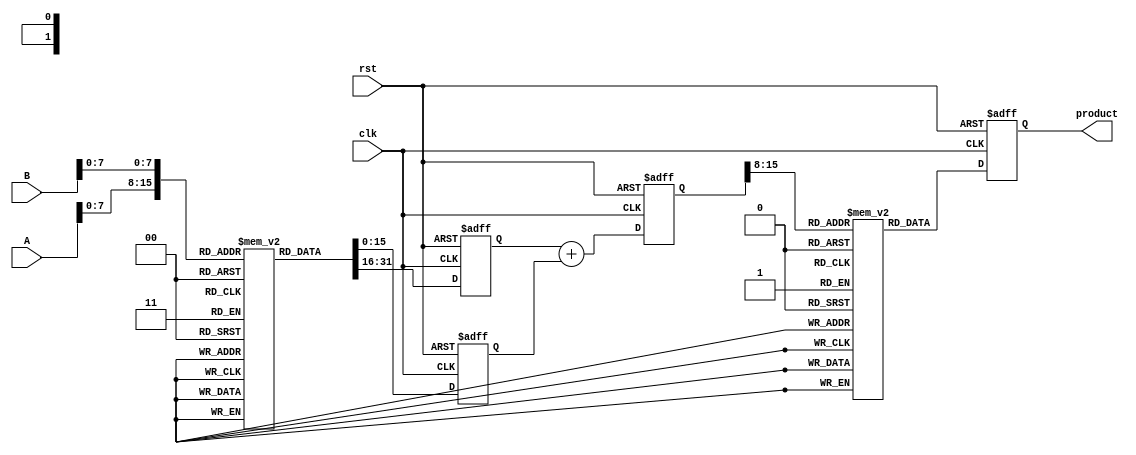
module LogarithmicMultiplier (
    input wire [15:0] A, // Input operand A
    input wire [15:0] B, // Input operand B
    input wire clk,      // Clock signal
    input wire rst,      // Reset signal
    output reg [31:0] product // Output product
);

    // Logarithm LUT (for demonstration purposes, values should be precomputed)
    reg [15:0] log_lut [0:255]; // 256-entry LUT for logarithm
    initial begin
        // Initialize LUT with logarithm values (example values)
        // log_lut[i] = ln(i) * scaling_factor (for fixed-point representation)
        // Populate this LUT with actual logarithm values
    end

    // Exponential LUT (for demonstration purposes, values should be precomputed)
    reg [31:0] exp_lut [0:255]; // 256-entry LUT for exponential
    initial begin
        // Initialize LUT with exponential values (example values)
        // exp_lut[i] = e^(i * scaling_factor) (for fixed-point representation)
        // Populate this LUT with actual exponential values
    end

    reg [15:0] logA, logB; // Logarithmic values
    reg [31:0] sum;        // Sum of logarithmic values

    // Logarithm calculation
    always @(posedge clk or posedge rst) begin
        if (rst) begin
            logA <= 16'b0;
            logB <= 16'b0;
            sum <= 32'b0;
            product <= 32'b0;
        end else begin
            // Assuming A and B are in the range [1, 256]
            logA <= log_lut[A[7:0]]; // Get log(A) from LUT
            logB <= log_lut[B[7:0]]; // Get log(B) from LUT
            sum <= logA + logB;      // Sum of logarithmic values
            product <= exp_lut[sum[15:8]]; // Get exp(Sum) from LUT
        end
    end

endmodule